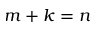
m + k = n